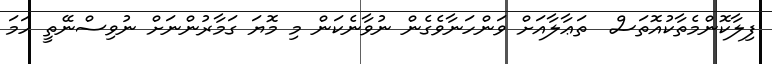
ފިލާކޮންމެތާކުއޮތަސް  ތަޢާލާއަށް ވަންހަނާވެގެން ނުވާނެކަން މި މޮޔަ ގަމާރުންނަށް ނުވިސްނޭތީ ހަމަ